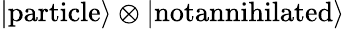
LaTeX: \left|\textrm{particle}\right\rangle\otimes\left|\textrm{notannihilated}\right\rangle